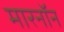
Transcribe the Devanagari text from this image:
मारनॉन